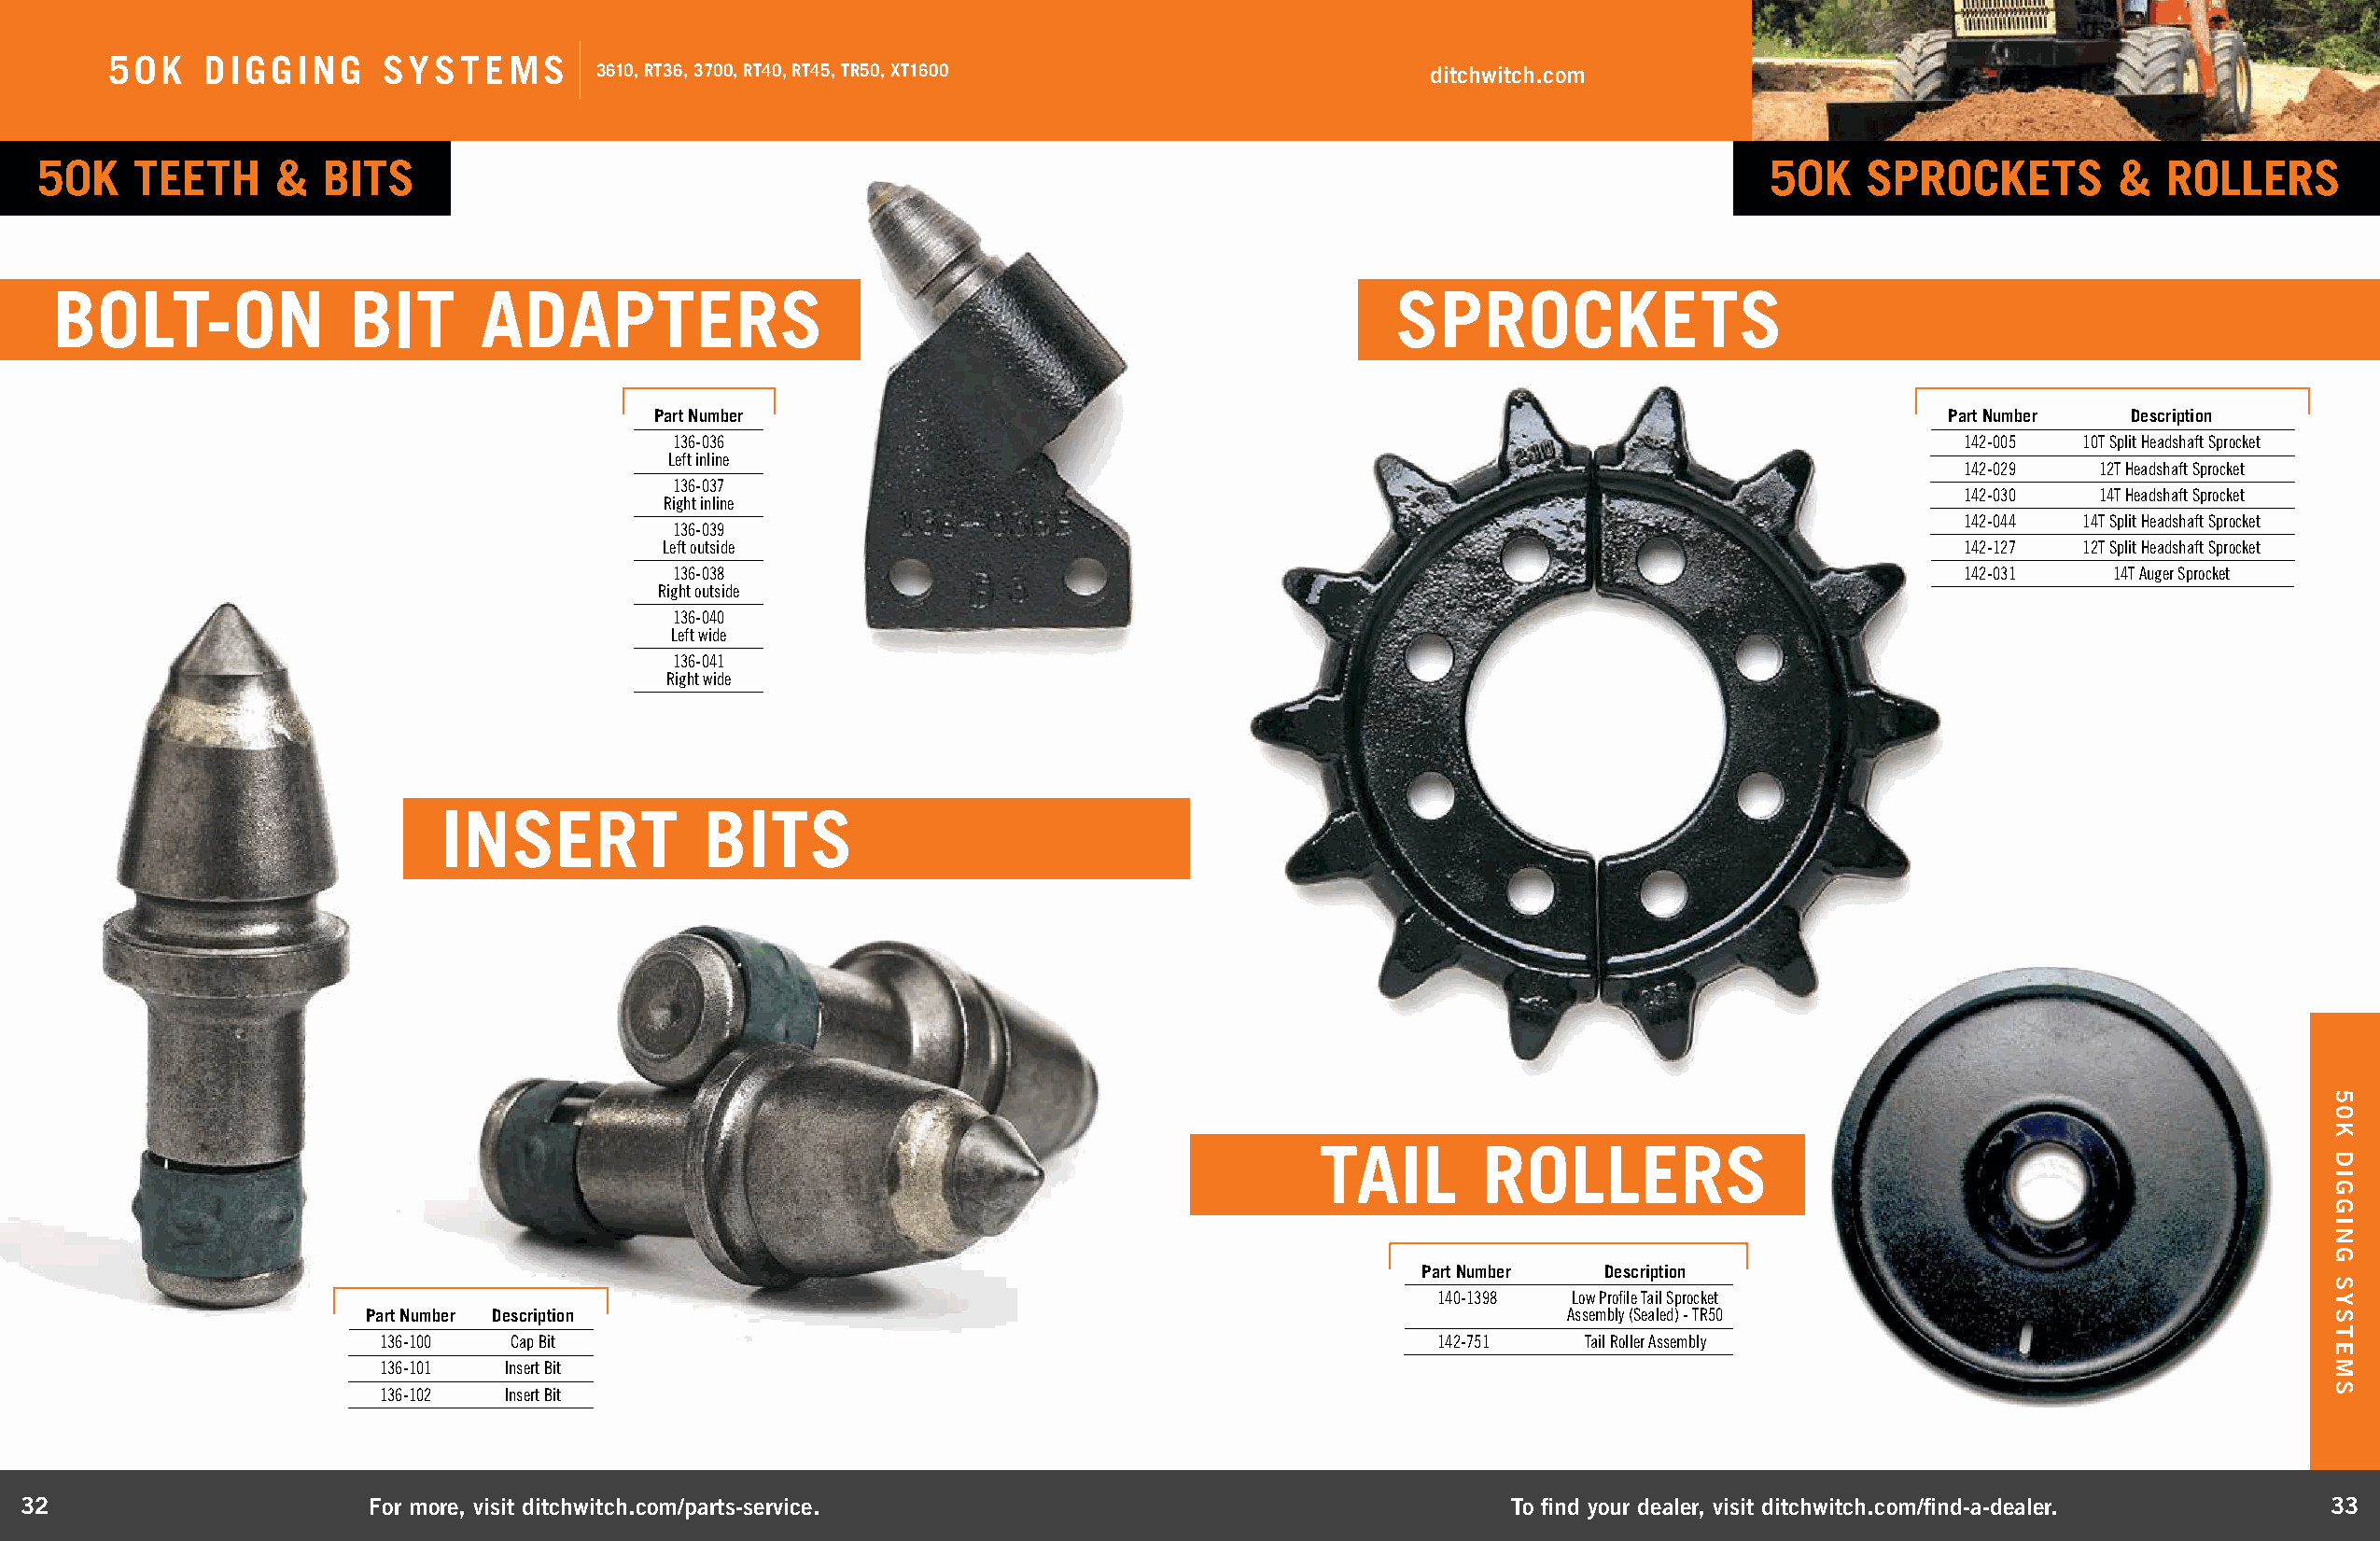
50K   DIGGING      SYSTEMS
 3610, RT36, 3700, RT40, RT45, TR50, XT1600                 ditchwitch.com
 50K   TEETH      &  BITS                                                                                                   50K   SPROCKETS         &   ROLLERS
 BOLT-ON              BIT      ADAPTERS                                                         SPROCKETS
 Part Number                                                                                 Part Number  Description
 136-036                                                                                    142-005  10T Split Headshaft Sprocket
 Left inline
 142-029   12T Headshaft Sprocket
 136-037
 142-030   14T Headshaft Sprocket
 Right inline
 142-044  14T Split Headshaft Sprocket
 136-039
 Left outside                                                                                142-127  12T Split Headshaft Sprocket
 136-038                                                                                    142-031    14T Auger Sprocket
 Right outside
 136-040
 Left wide
 136-041
 Right wide
 INSERT             BITS
 TAIL       ROLLERS
 Part Number  Description
 140-1398  Low Profile Tail Sprocket
 Part Number Description                                                              Assembly (Sealed) - TR50
 136-100  Cap Bit                                                           142-751   Tail Roller Assembly
 136-101  Insert Bit
 136-102  Insert Bit
 32                       For more, visit ditchwitch.com/parts-service.                                    To find your dealer, visit ditchwitch.com/find-a-dealer.  33
 50K
 DIGGING
 SYSTEMS